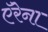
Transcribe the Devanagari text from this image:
ऍरेना